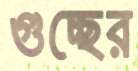
গুচ্ছের